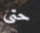
حتى